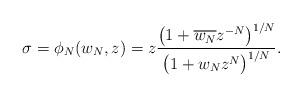
LaTeX: \begin{gather*}\sigma=\phi_N(w_N,z)=z\frac{\big(1+\overline{w_N} z^{-N}\big)^{1/N}}{\big(1+w_N z^N\big)^{1/N}}.\end{gather*}